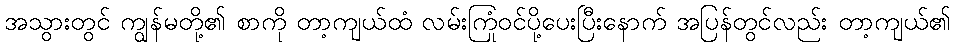
အသွားတွင် ကျွန်မတို့၏ စာကို တာ့ကျယ်ထံ လမ်းကြုံဝင်ပို့ပေးပြီးနောက် အပြန်တွင်လည်း တာ့ကျယ်၏